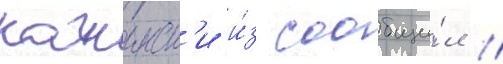
качинск'и и́з сообщи́л /